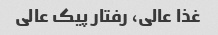
غذا عالی، رفتار پیک عالی